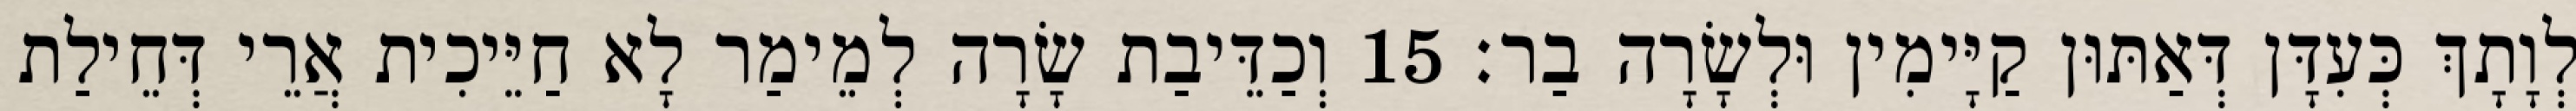
לְוָתָךְ כְּעִדָּן דְּאַתּוּן קַיָּימִין וּלְשָׂרָה בַר׃ 15 וְכַדֵּיבַת שָׂרָה לְמֵימַר לָא חַיֵּיכִית אֲרֵי דְּחֵילַת